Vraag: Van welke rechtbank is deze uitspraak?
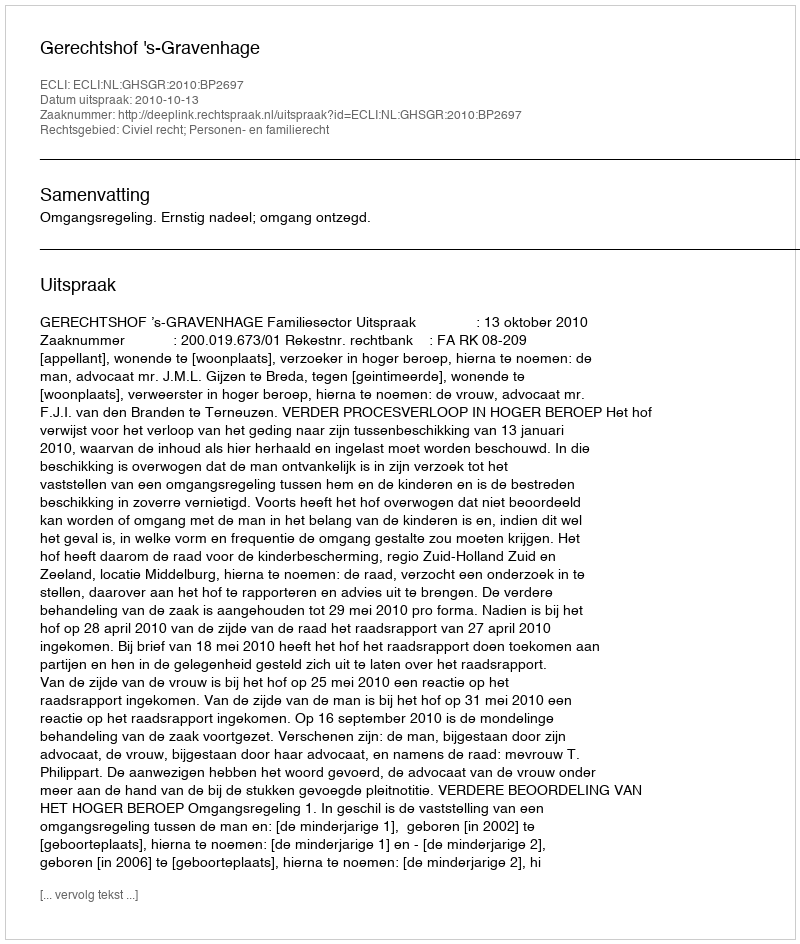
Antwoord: Gerechtshof 's-Gravenhage